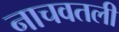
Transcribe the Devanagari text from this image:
नाचवतली